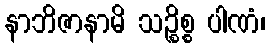
နာဘိဇာနာမိ သဉ္စိစ္စ ပါဏံ၊